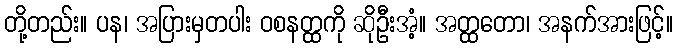
တို့တည်း။ ပန၊ အပြားမှတပါး ဝစနတ္ထကို ဆိုဦးအံ့။ အတ္ထတော၊ အနက်အားဖြင့်။